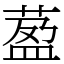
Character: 萾